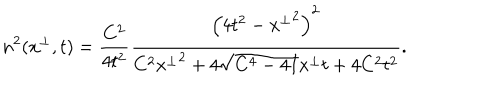
LaTeX: n ^ { 2 } ( x ^ { \perp } , t ) = \frac { C ^ { 2 } } { 4 t ^ { 2 } } \frac { \left( 4 t ^ { 2 } - { x ^ { \perp } } ^ { 2 } \right) ^ { 2 } } { C ^ { 2 } { x ^ { \perp } } ^ { 2 } + 4 \sqrt { C ^ { 4 } - 4 I } x ^ { \perp } t + 4 C ^ { 2 } t ^ { 2 } } .